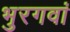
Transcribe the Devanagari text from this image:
भुरगवां